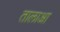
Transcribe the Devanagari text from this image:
तालाआ